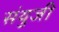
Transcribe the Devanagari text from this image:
संयुजी